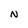
Character: N